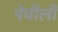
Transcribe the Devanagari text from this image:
पेचीली